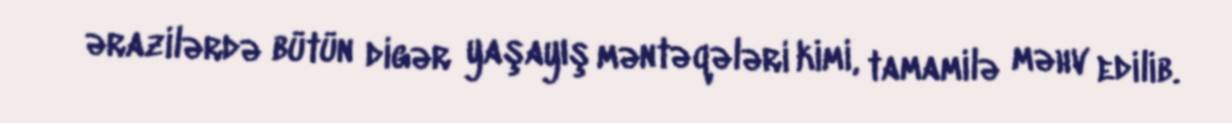
ərazilərdə bütün digər yaşayış məntəqələri kimi, tamamilə məhv edilib.